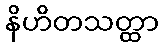
နိဟိတသတ္ထာ